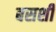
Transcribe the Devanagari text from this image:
बसशी